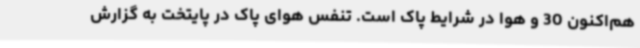
هم‌اکنون 30 و هوا در شرایط پاک است. تنفس هوای پاک در پایتخت به گزارش